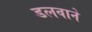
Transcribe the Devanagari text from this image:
डलवाने